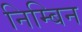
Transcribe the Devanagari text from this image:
निम्बिन